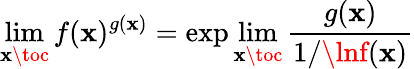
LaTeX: \operatorname*{lim}_{\mathbf{x}\toc}f(\mathbf{x})^{g(\mathbf{x})}=\exp\operatorname*{lim}_{\mathbf{x}\toc}{\frac{{g(\mathbf{x})}}{{1/\lnf(\mathbf{x})}}}